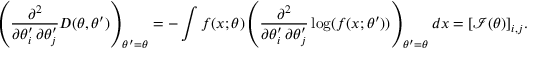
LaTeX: \left( { \frac { \partial ^ { 2 } } { \partial \theta _ { i } ^ { \prime } \, \partial \theta _ { j } ^ { \prime } } } D ( \theta , \theta ^ { \prime } ) \right) _ { \theta ^ { \prime } = \theta } = - \int f ( x ; \theta ) \left( { \frac { \partial ^ { 2 } } { \partial \theta _ { i } ^ { \prime } \, \partial \theta _ { j } ^ { \prime } } } \log ( f ( x ; \theta ^ { \prime } ) ) \right) _ { \theta ^ { \prime } = \theta } d x = [ { \mathcal { I } } ( \theta ) ] _ { i , j } .